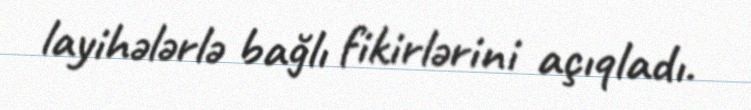
layihələrlə bağlı fikirlərini açıqladı.